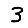
Digit: 3